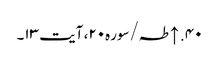
۴۰. ↑ طہ/سوره۲۰، آیت ۱۳۔